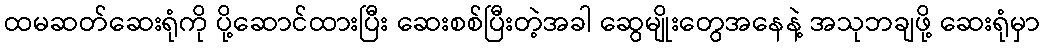
ထမဆတ်ဆေးရုံကို ပို့ဆောင်ထားပြီး ဆေးစစ်ပြီးတဲ့အခါ ဆွေမျိုးတွေအနေနဲ့ အသုဘချဖို့ ဆေးရုံမှာ